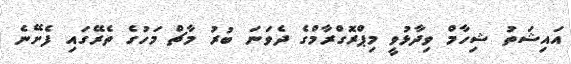
އައިޝަތު ޝިހާމް ވިދާޅުވީ މިޕްރޮގްރާމްގެ ދެވަނަ ބުރު މާޗް މަހުގެ ތެރޭގައި ފެށޭނެ